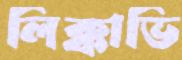
লিক্কাভি